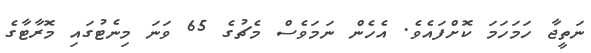
ނަތީޖާ ހަމަހަމަ ކޮށްފައެވެ. އެހެން ނަމަވެސް މެޗުގެ 65 ވަނަ މިނެޓުގައި މޮރާޓާގެ